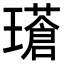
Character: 𪼧